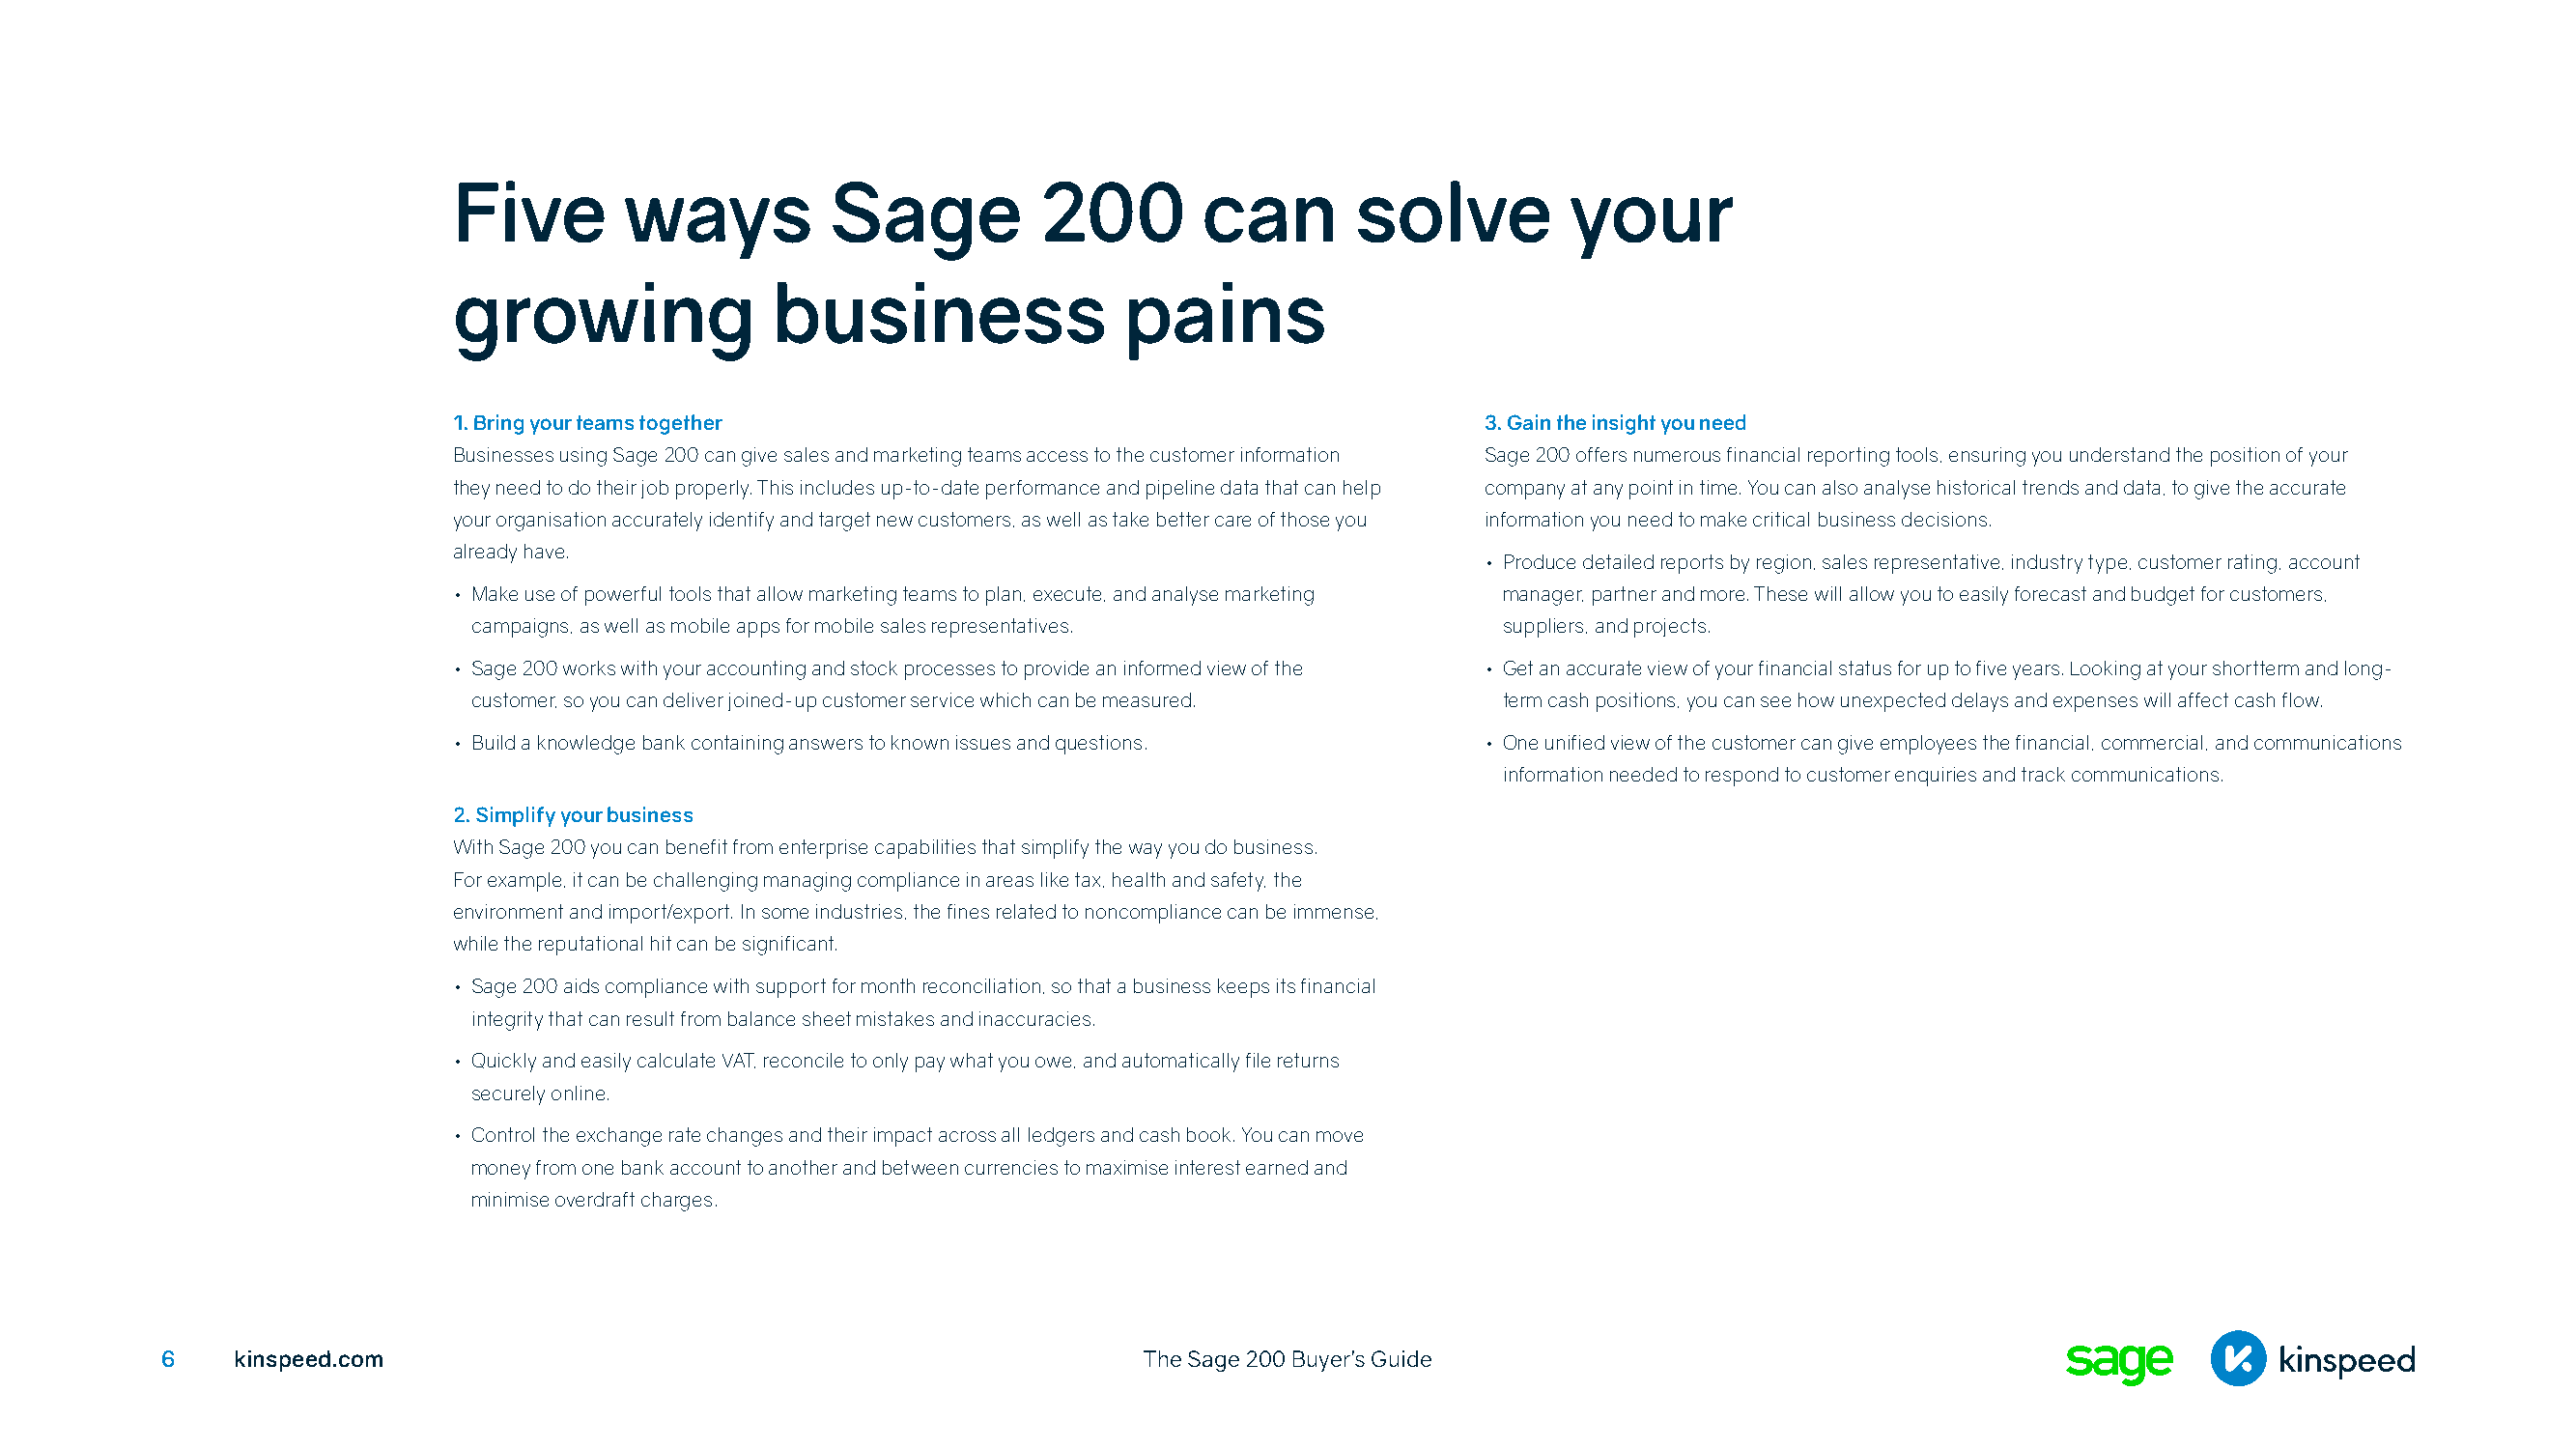
Five        ways          Sage          200        can        solve          your
 growing               business                pains
 1. Bring your teams together                                           3. Gain the insight you need
 Businesses using Sage 200 can give sales and marketing teams access to the customer information Sage 200 offers numerous financial reporting tools, ensuring you understand the position of your
 they need to do their job properly. This includes up-to-date performance and pipeline data that can help company at any point in time. You can also analyse historical trends and data, to give the accurate
 your organisation accurately identify and target new customers, as well as take better care of those you information you need to make critical business decisions.
 already have.
 • Produce detailed reports by region, sales representative, industry type, customer rating, account
 • Make use of powerful tools that allow marketing teams to plan, execute, and analyse marketing manager, partner and more. These will allow you to easily forecast and budget for customers,
 campaigns, as well as mobile apps for mobile sales representatives.    suppliers, and projects.
 • Sage 200 works with your accounting and stock processes to provide an informed view of the • Get an accurate view of your financial status for up to five years. Looking at your shortterm and long-
 customer, so you can deliver joined-up customer service which can be measured. term cash positions, you can see how unexpected delays and expenses will affect cash flow.
 • Build a knowledge bank containing answers to known issues and questions. • One unified view of the customer can give employees the financial, commercial, and communications
 information needed to respond to customer enquiries and track communications.
 2. Simplify your business
 With Sage 200 you can benefit from enterprise capabilities that simplify the way you do business.
 For example, it can be challenging managing compliance in areas like tax, health and safety, the
 environment and import/export. In some industries, the fines related to noncompliance can be immense,
 while the reputational hit can be significant.
 • Sage 200 aids compliance with support for month reconciliation, so that a business keeps its financial
 integrity that can result from balance sheet mistakes and inaccuracies.
 • Quickly and easily calculate VAT, reconcile to only pay what you owe, and automatically file returns
 securely online.
 • Control the exchange rate changes and their impact across all ledgers and cash book. You can move
 money from one bank account to another and between currencies to maximise interest earned and
 minimise overdraft charges.
 6    kinspeed.com                                                  The Sage 200 Buyer’s Guide